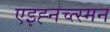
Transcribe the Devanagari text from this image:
एइह्नच्त्स्मन